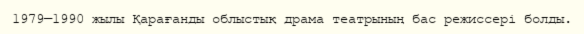
1979—1990 жылы Қарағанды облыстық драма театрының бас режиссері болды.